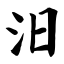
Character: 汨